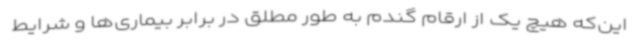
این‌که هیچ یک از ارقام گندم به طور مطلق در برابر بیماری‌ها و شرایط